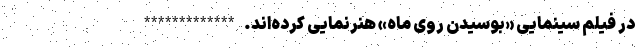
در فیلم سینمایی «بوسیدن روی ماه» هنرنمایی کرده‌اند. *************